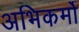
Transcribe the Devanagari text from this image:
अभिकर्मो